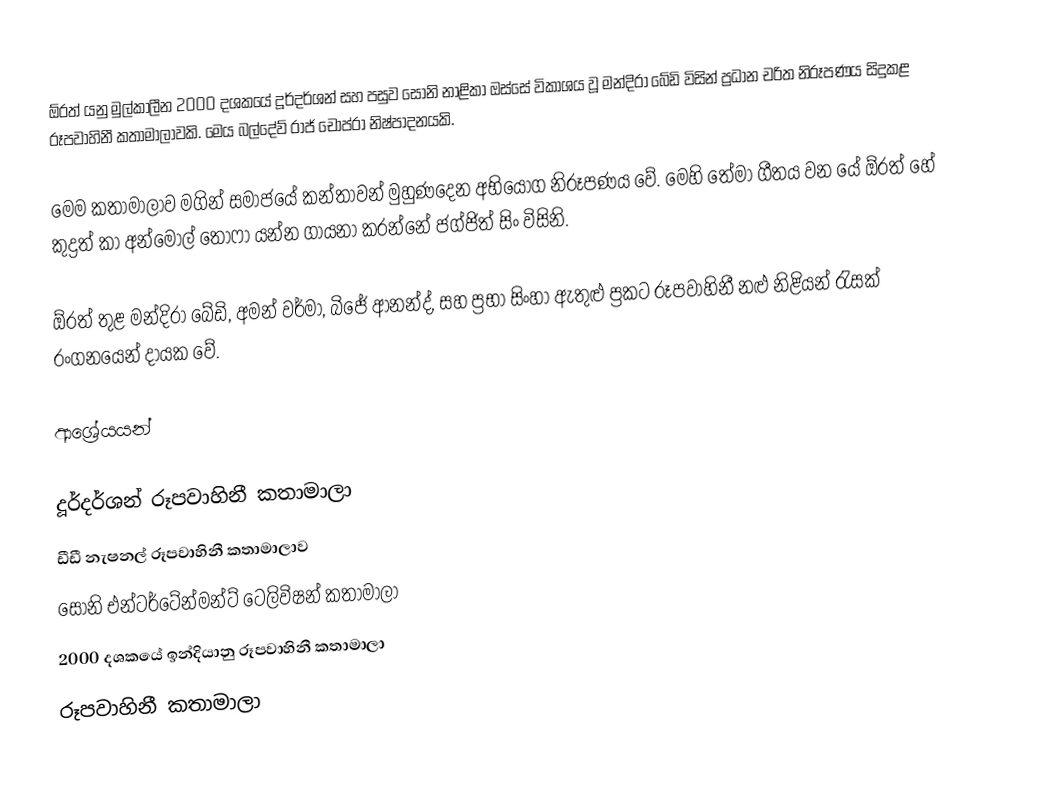
‍ඕරත් යනු මුල්කාලීන 2000 දශකයේ දූර්දර්ශන් සහ පසුව සෝනි නාළිකා ඔස්සේ විකාශය වූ මන්දිරා බේඩි විසින් ප්‍රධාන චරිත නිරූපණය සිදුකළ රූපවාහිනී කතාමාලාවකි. මෙය බල්දේව් රාජ් චොප්රා නිෂ්පාදනයකි.

මෙම කතාමාලාව මගින් සමාජයේ කන්තාවන් මුහුණදෙන අභියෝග නිරූපණය වේ. මෙහි තේමා ගීතය වන යේ ඕරත් හේ කුද්‍රත් කා අන්මොල් තෝෆා යන්න ගායනා කරන්නේ ජග්ජිත් සිං විසිනි.

ඕරත් තුළ මන්දිරා බේඩි, අමන් වර්මා, බිජේ ආනන්ද්, සහ ප්‍රභා සිංහා ඇතුළු ප්‍රකට රූපවාහිනී නළු නිළියන් රැසක් රංගනයෙන් දායක වේ.

ආශ්‍රේයයන්

දූර්දර්ශන් රූපවාහිනී කතාමාලා
ඩීඩී නැෂනල් රූපවාහිනී කතාමාලාව
සෝනි එන්ටර්ටේන්මන්ට් ටෙලිවිෂන් කතාමාලා
2000 දශකයේ ඉන්දියානු රූපවාහිනී කතාමාලා
රූපවාහිනී කතාමාලා